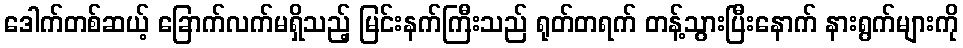
ဒေါက်တစ်ဆယ့် ခြောက်လက်မရှိသည့် မြင်းနက်ကြီးသည် ရုတ်တရက် တန့်သွားပြီးနောက် နားရွက်များကို